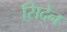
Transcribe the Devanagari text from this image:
सिदेन